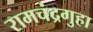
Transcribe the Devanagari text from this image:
रामचंद्रगुहा